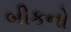
બીકનો